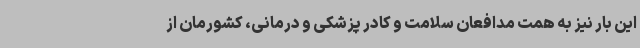
این بار نیز به همت مدافعان سلامت و کادر پزشکی و درمانی، کشورمان از